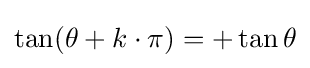
\tan(\theta +k\cdot \pi )=+\tan \theta